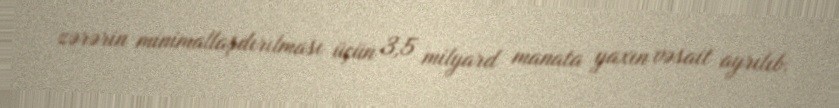
zərərin minimallaşdırılması üçün 3,5 milyard manata yaxın vəsait ayrılıb.